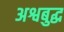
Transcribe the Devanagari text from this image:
अश्वबुद्ध